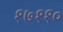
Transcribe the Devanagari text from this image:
१७११०